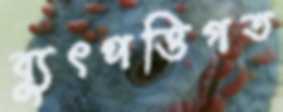
ব্যুৎপত্তিগত